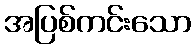
အပြစ်ကင်းသော